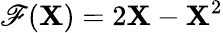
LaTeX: \mathscr{F}(\boldsymbol{\textbf{{X}}})=2\boldsymbol{\textbf{{X}}}-\boldsymbol{\textbf{{X}}}^{2}